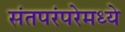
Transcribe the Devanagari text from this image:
संतपरंपरेमध्ये